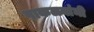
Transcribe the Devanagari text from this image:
पाकळ्यांनी